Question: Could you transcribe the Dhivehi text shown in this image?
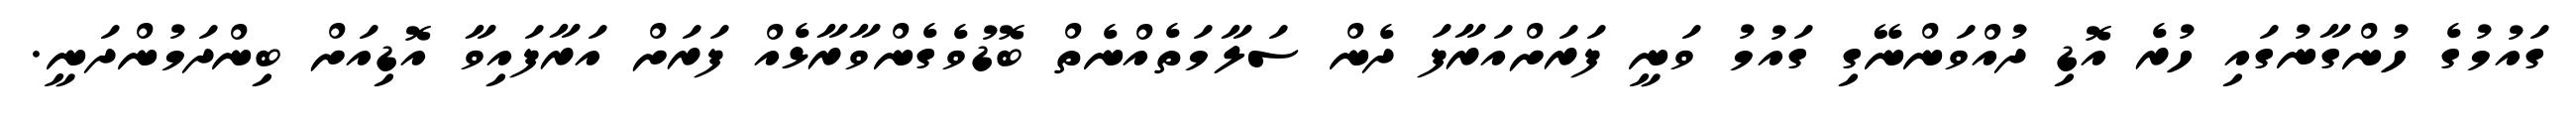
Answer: ގައުމުގެ ހުންގާނުގައި ހުރެ އޮޑި ދުއްވަންނޭގި ގައުމު ވަނީ ފަރަށްއަރާފަ ދެން ސަލާމަތެއްނެތް ބޮޑުވެގެންވާރާޅެއް ފަރަށް އަރާފައިވާ އޮޑިއަށް ބިންދަމުންދަނީ.